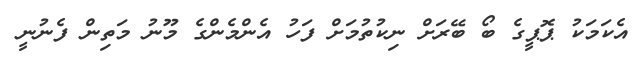
އެކަމަކު ޕޮޕީގެ ބޯ ބޭރަށް ނިކުތުމަށް ފަހު އެންމެންގެ މޫނު މަތިން ފެނުނީ